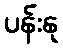
ပန်းနု